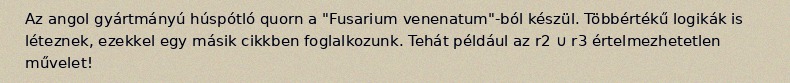
Az angol gyártmányú húspótló quorn a "Fusarium venenatum"-ból készül. Többértékű logikák is léteznek, ezekkel egy másik cikkben foglalkozunk. Tehát például az r2 ∪ r3 értelmezhetetlen művelet!